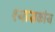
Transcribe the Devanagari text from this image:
श्यासकीय